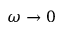
\omega \to 0